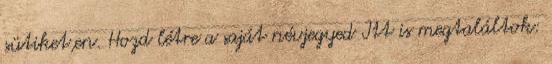
sütiket,en. Hozd létre a saját névjegyed Itt is megtaláltok: